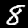
Digit: 8